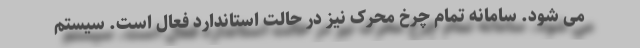
می شود. سامانه تمام چرخ محرک نیز در حالت استاندارد فعال است. سیستم